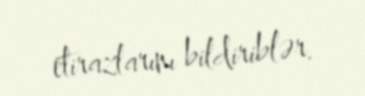
etirazlarını bildiriblər.